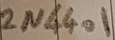
Text: 2N4401